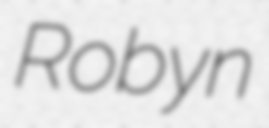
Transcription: Robyn